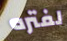
لفتره